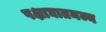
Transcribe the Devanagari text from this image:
पक्षाघातनज्य